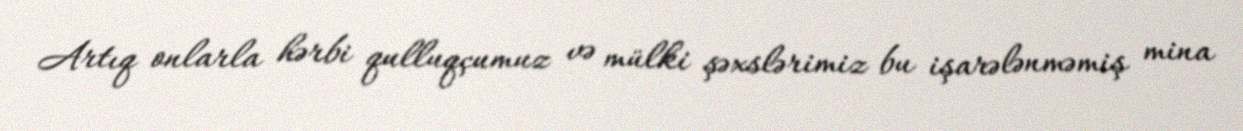
Artıq onlarla hərbi qulluqçumuz və mülki şəxslərimiz bu işarələnməmiş mina